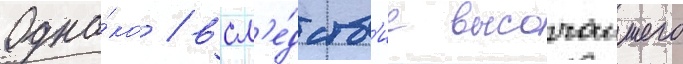
Одна́ко / всл'е́дств'ие высочаишего